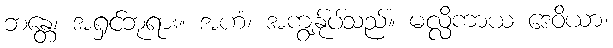
ဘန္တေ၊ အရှင်ဘုရား။ အဟံ၊ အကျွန်ုပ်သည်။ မလ္လိကာယ ဒေဝိယာ၊